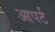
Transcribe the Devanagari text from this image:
आपर्ट